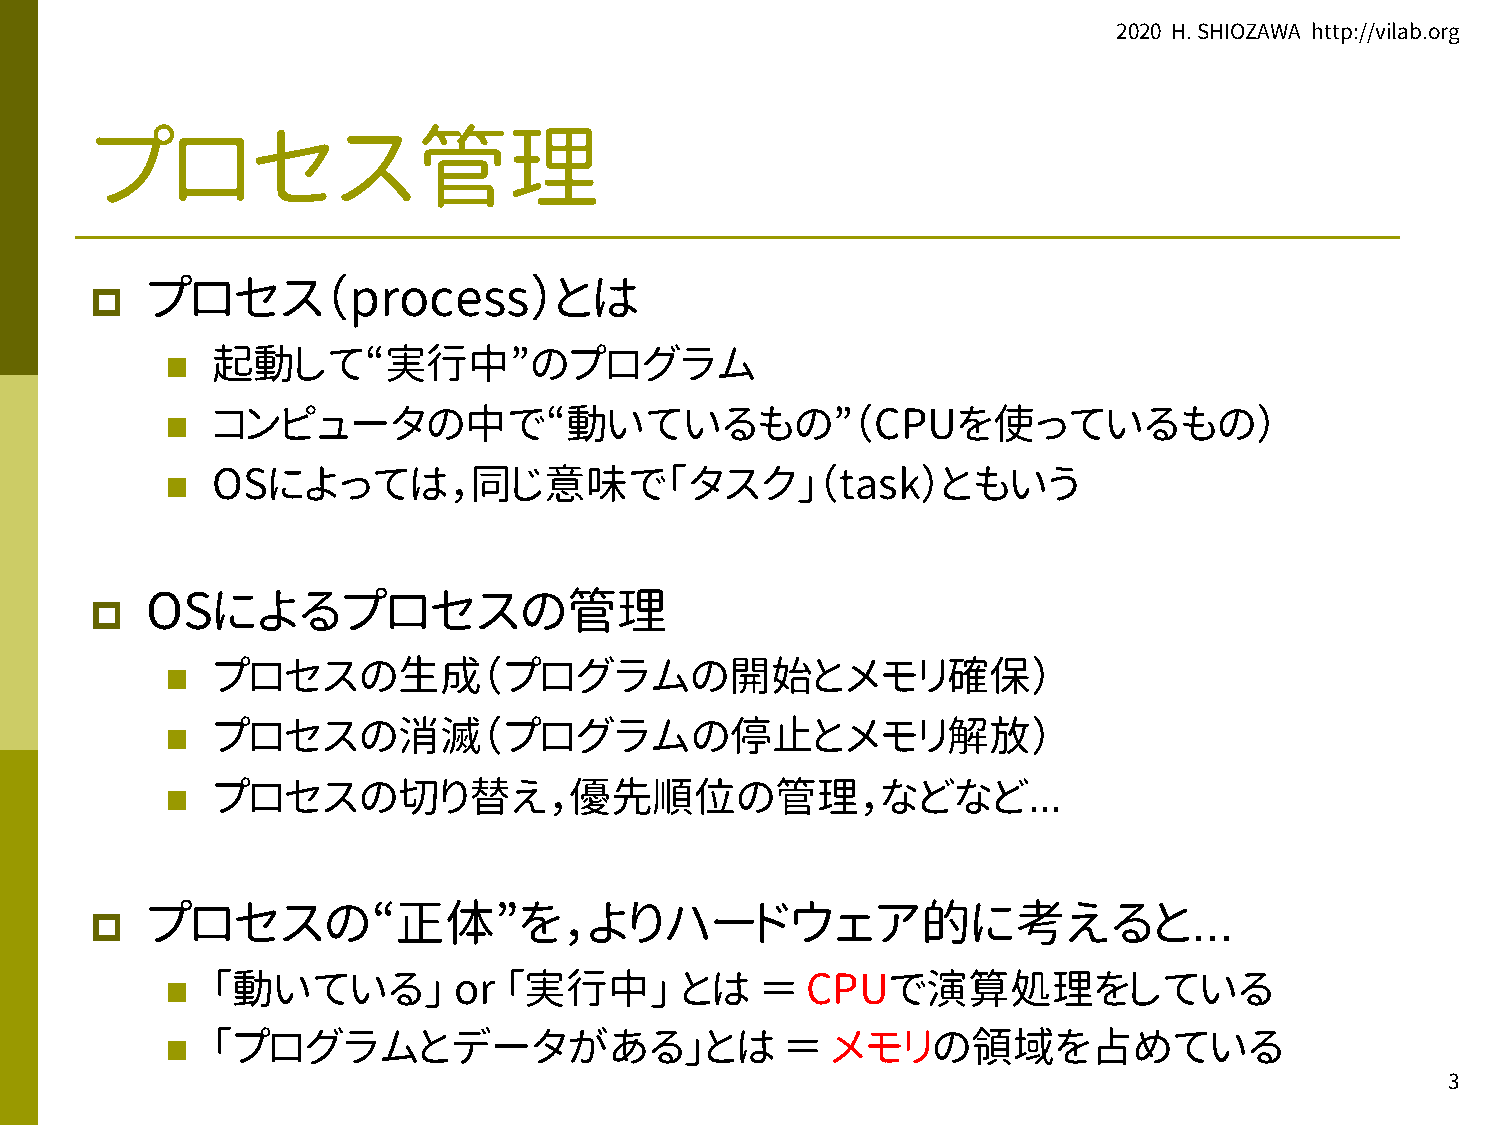
2020 H. SHIOZAWA http://vilab.org
 プロセス管理
 p   プロセス（process）とは
 n  起動して“実行中”のプログラム
 n  コンピュータの中で“動いているもの”（CPUを使っているもの）
 n  OSによっては，同じ意味で「タスク」（task）ともいう
 p   OSによるプロセスの管理
 n  プロセスの生成（プログラムの開始とメモリ確保）
 n  プロセスの消滅（プログラムの停止とメモリ解放）
 n
 プロセスの切り替え，優先順位の管理，などなど…
 p
 プロセスの“正体”を，よりハードウェア的に考えると…
 n  「動いている」         or 「実行中」       とは   ＝  CPUで演算処理をしている
 n  「プログラムとデータがある」とは                      ＝  メモリの領域を占めている
 3